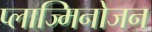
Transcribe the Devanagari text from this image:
प्लाज्मिनोजन